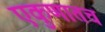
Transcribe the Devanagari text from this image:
एकुणातच